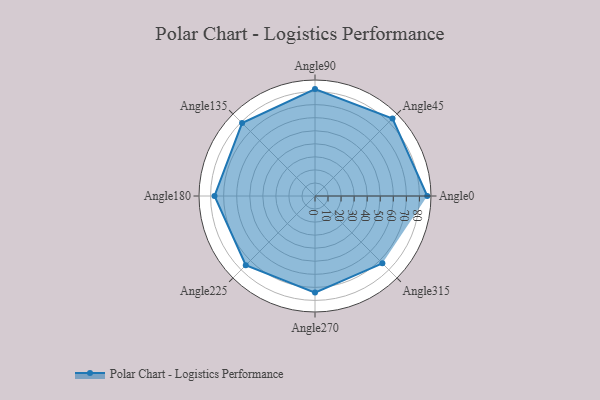
{"axis": {"x": "Angle", "y": "Radius"}, "legend": [""], "data": [{"x": "Angle0", "y": 86.0, "type": ""}, {"x": "Angle45", "y": 84.0, "type": ""}, {"x": "Angle90", "y": 82.0, "type": ""}, {"x": "Angle135", "y": 79.0, "type": ""}, {"x": "Angle180", "y": 77.0, "type": ""}, {"x": "Angle225", "y": 75.0, "type": ""}, {"x": "Angle270", "y": 74.0, "type": ""}, {"x": "Angle315", "y": 73.0, "type": ""}]}